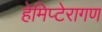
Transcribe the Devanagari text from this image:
हेमिप्टेरागण